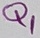
Text: Q1